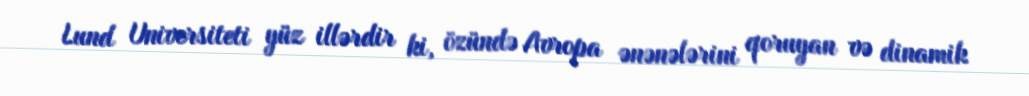
Lund Universiteti yüz illərdir ki, özündə Avropa ənənələrini qoruyan və dinamik